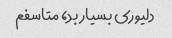
دلیوری بسیار بد، متاسفم